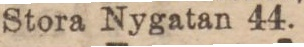
Stora Nygatan 44.